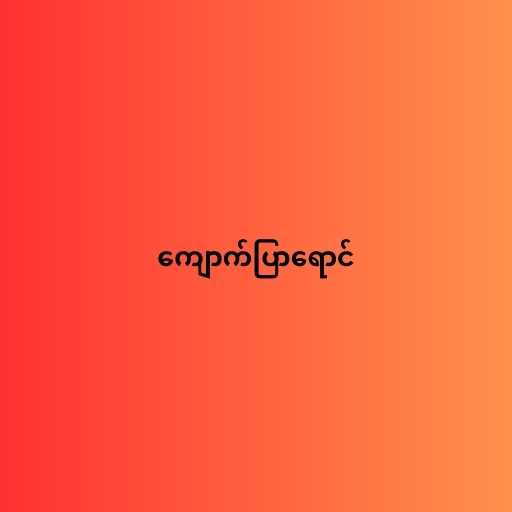
ကျောက်ပြာရောင်